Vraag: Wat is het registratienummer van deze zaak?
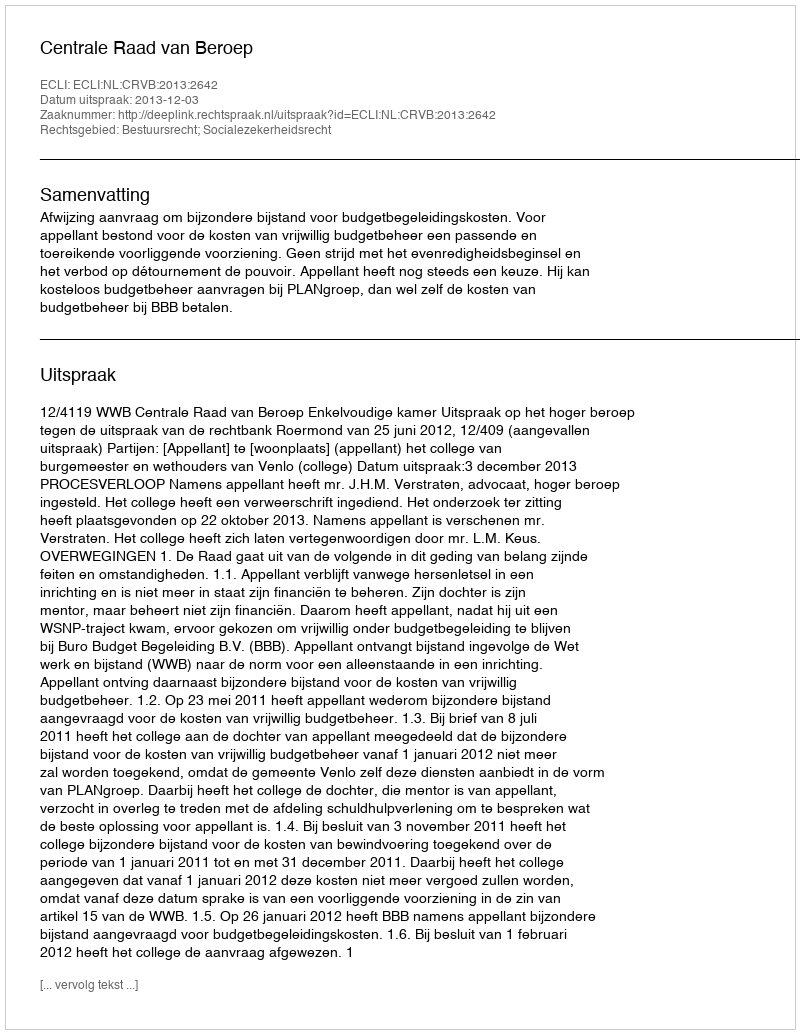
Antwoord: http://deeplink.rechtspraak.nl/uitspraak?id=ECLI:NL:CRVB:2013:2642